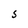
Character: S